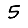
Digit: 5